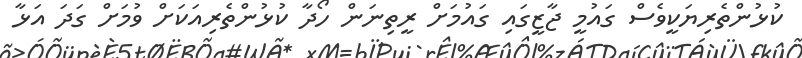
ކުޅުންތެރިޔަކީވެސް ގައުމީ ޖާޒީގައި ގައުމަށް ރީތިނަން ހޯދާ ކުޅުންތެރިއަކަށް ވުމަށް ގަދަ އަޅާ